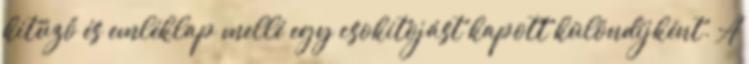
kitűző és emléklap mellé egy csokitojást kapott különdíjként. A